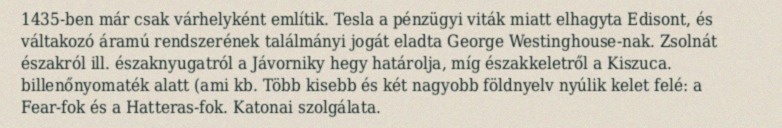
1435-ben már csak várhelyként említik. Tesla a pénzügyi viták miatt elhagyta Edisont, és váltakozó áramú rendszerének találmányi jogát eladta George Westinghouse-nak. Zsolnát északról ill. északnyugatról a Jávorniky hegy határolja, míg északkeletről a Kiszuca. billenőnyomaték alatt (ami kb. Több kisebb és két nagyobb földnyelv nyúlik kelet felé: a Fear-fok és a Hatteras-fok. Katonai szolgálata.